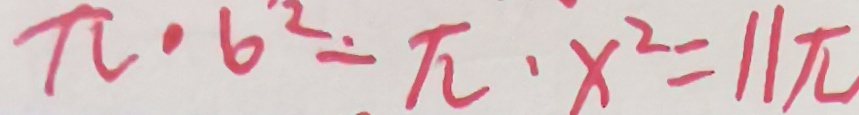
\pi \cdot 6 ^ { 2 } - \pi \cdot x ^ { 2 } = 1 1 \pi